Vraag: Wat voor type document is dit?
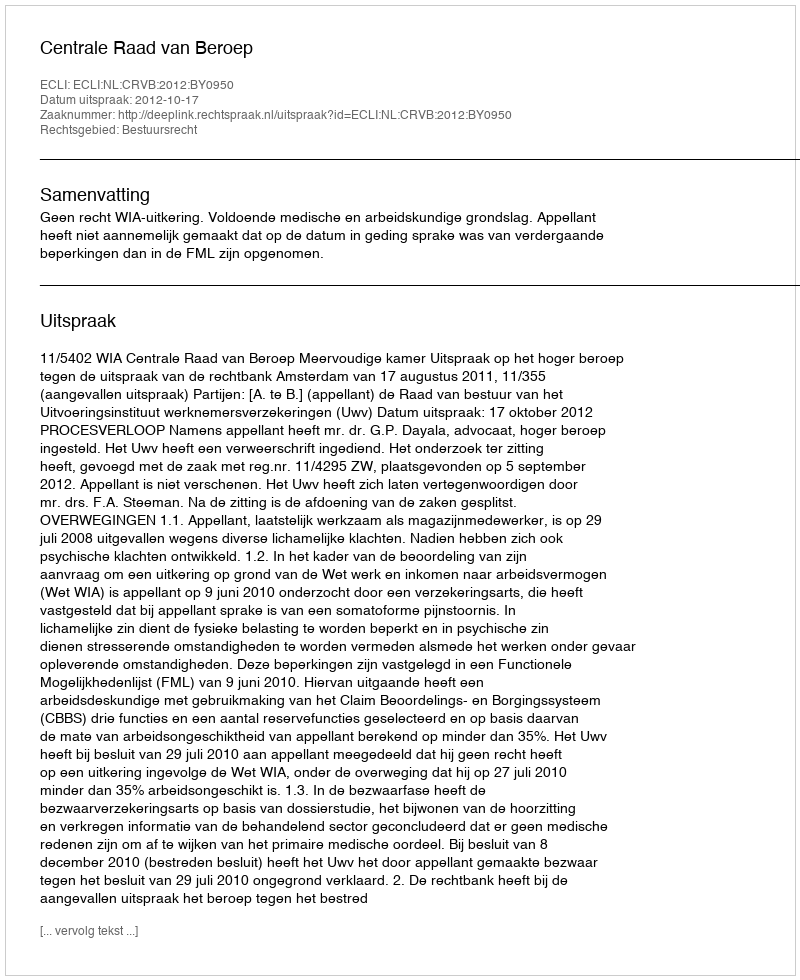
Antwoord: Uitspraak